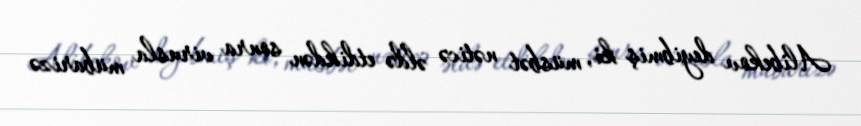
Alibekov deyibmiş ki, müsbət nəticə əldə etdikdən sonra virusla mübarizə